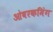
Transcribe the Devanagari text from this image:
ओवरकमिंग